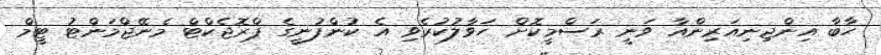
ހާބާ އިންޖިނިއަރިންއާ ވަނީ ރަސްމީކޮށް ހަވާލުކުރެވި އެ ކުންފުނީގެ ޕްރޮޖެކްޓް މެނޭޖްމަންޓު ޓީމް